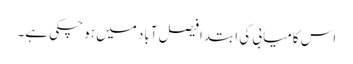
اس کامیابی کی ابتدا فیصل آباد میں ہو چکی ہے۔